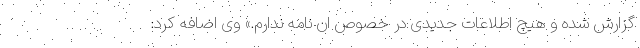
گزارش شده و هیچ اطلاعات جدیدی در خصوص ان نامه ندارم.» وی اضافه کرد: